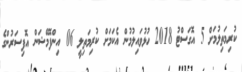
ކުރިމަތިލުމަށް 5 އޮގަސްޓު 2018 ހުޅުވައިލުމުން އެކަމަށް ކުރިމަތިލީ 06 އިންފޮމޭޝަން އޮފިސަރުންގެ